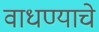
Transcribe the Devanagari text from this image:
वाधण्याचे